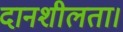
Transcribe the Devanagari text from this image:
दानशीलता।